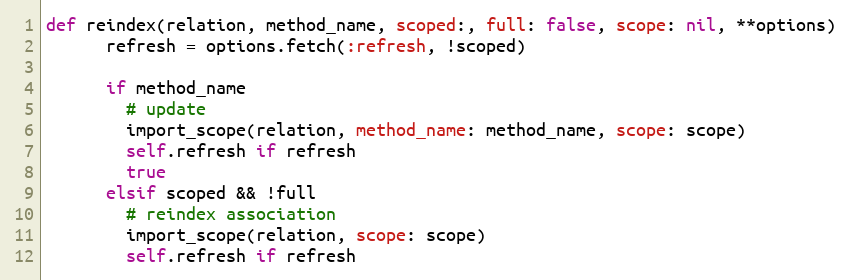
Language: Ruby
def reindex(relation, method_name, scoped:, full: false, scope: nil, **options)
      refresh = options.fetch(:refresh, !scoped)

      if method_name
        # update
        import_scope(relation, method_name: method_name, scope: scope)
        self.refresh if refresh
        true
      elsif scoped && !full
        # reindex association
        import_scope(relation, scope: scope)
        self.refresh if refresh